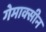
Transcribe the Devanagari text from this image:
गेमाक्सीन